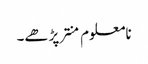
نامعلوم منتر پڑھے۔